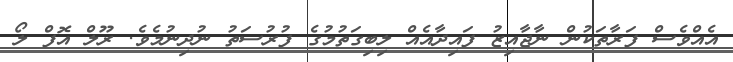
އެއްވެސް ފަރާތަކުން ނާޖާއިޒު ފައިދާއެއް ލިބިގަތުމުގެ ފުރުސަތު ނުދިނުމެވެ. ރޫލް އޮފް ލޯ